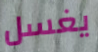
يغسل